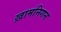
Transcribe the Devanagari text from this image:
ख़ामनिगन